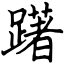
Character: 躇